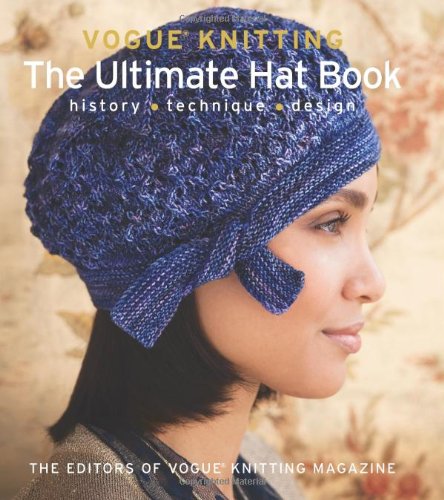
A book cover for VogueÂ® Knitting: The Ultimate Hat Book: History * Technique * Design; Crafts, Hobbies & Home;